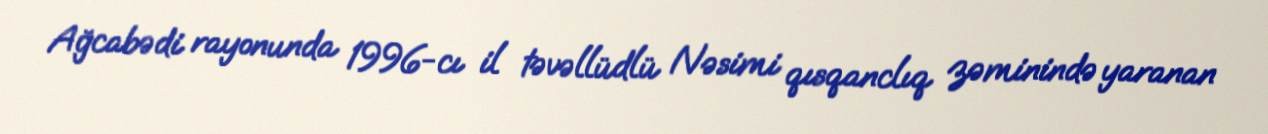
Ağcabədi rayonunda 1996-cı il təvəllüdlü Nəsimi qısqanclıq zəminində yaranan